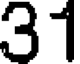
31